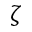
\zeta